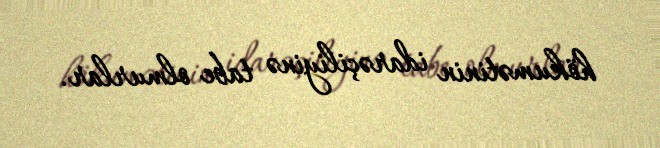
hökumətinin idarəçiliyinə tabe olmurlar.